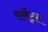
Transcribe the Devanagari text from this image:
सर्मेट्स